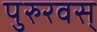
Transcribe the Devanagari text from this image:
पुरुरवस्‌